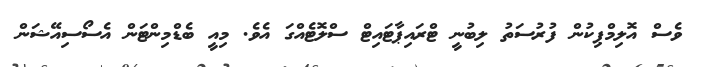
ވެސް އޮލިމްޕިކުން ފުރުސަތު ލިބުނީ ޓްރައިޕާޓައިޓް ސްލޮޓެއްގަ އެވެ. މިއީ ބެޑްމިންޓަން އެސޯސިއޭޝަން